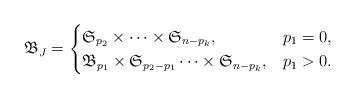
LaTeX: \begin{align*}\mathfrak{B}_J=\begin{cases}\mathfrak{S}_{p_2}\times\cdots\times \mathfrak{S}_{n-p_k}, & p_1=0,\\\mathfrak{B}_{p_1}\times \mathfrak{S}_{p_2-p_1}\cdots\times \mathfrak{S}_{n-p_k}, & p_1>0.\end{cases}\end{align*}